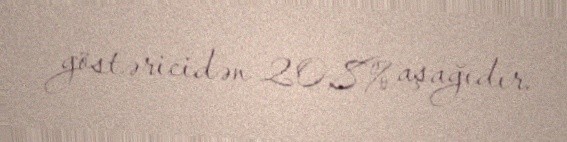
göstəricidən 20,8% aşağıdır.